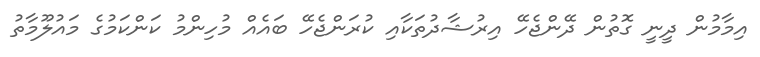
އިމާމުން ދީނީ ގޮތުން ދޭންޖެހޭ އިރުޝާދުތަކާއި ކުރަންޖެހޭ ބައެއް މުހިންމު ކަންކަމުގެ މައުލޫމާތު